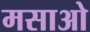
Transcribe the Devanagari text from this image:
मसाओ